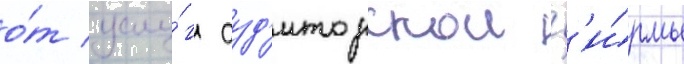
о́т услу́г ауд'иторскои ф'и́рмы